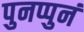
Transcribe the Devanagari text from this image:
पुनप्पुनं